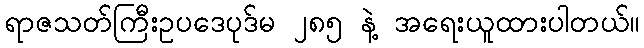
ရာဇသတ်ကြီးဥပဒေပုဒ်မ ၂၈၅ နဲ့ အရေးယူထားပါတယ်။